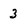
Character: 3